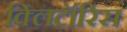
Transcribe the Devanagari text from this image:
क्लिटॉरिस